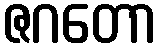
ဇဂတော